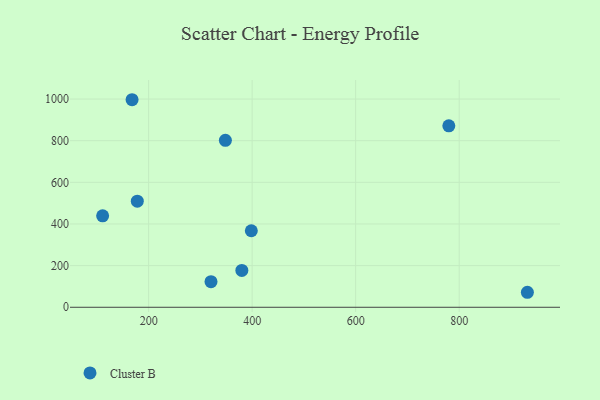
{"axis": {"x": "Distance", "y": "Demand"}, "legend": ["Cluster B"], "data": [{"x": "111.1", "y": 439.3, "type": "Cluster B"}, {"x": "168.0", "y": 996.8, "type": "Cluster B"}, {"x": "348.3", "y": 801.8, "type": "Cluster B"}, {"x": "931.8", "y": 72.0, "type": "Cluster B"}, {"x": "320.5", "y": 122.7, "type": "Cluster B"}, {"x": "178.1", "y": 509.7, "type": "Cluster B"}, {"x": "780.0", "y": 871.6, "type": "Cluster B"}, {"x": "380.1", "y": 176.8, "type": "Cluster B"}, {"x": "398.4", "y": 367.4, "type": "Cluster B"}]}